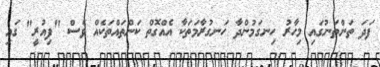
ފަދަ ތަންތަނުގައި މިހާރު ހިނގަމުންދާ ހަނގުރާމަތަކާ އެއްގޮތް ކަންތައްތަކެއް ވެސް "ފިއުރީ" ގައި